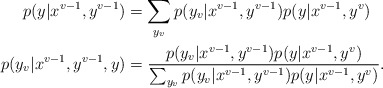
\begin{align*}p(y|x^{v-1},y^{v-1})&=\sum_{y_v}p(y_v|x^{v-1},y^{v-1})p(y|x^{v-1},y^{v})\\p(y_{v}|x^{v-1},y^{v-1},y)&=\frac{p(y_v|x^{v-1},y^{v-1})p(y|x^{v-1},y^{v})}{\sum_{y_v}p(y_v|x^{v-1},y^{v-1})p(y|x^{v-1},y^{v})}.\end{align*}